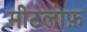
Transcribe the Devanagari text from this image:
मीटलोफ़